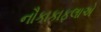
નૌકાકાફલાએ